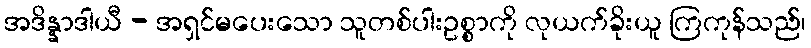
အဒိန္နာဒါယီ - အရှင်မပေးသော သူတစ်ပါးဥစ္စာကို လုယက်ခိုးယူ ကြကုန်သည်၊